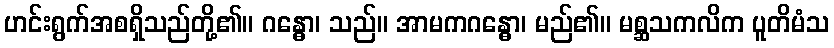
ဟင်းရွက်အစရှိသည်တို့၏။ ဂန္ဓော၊ သည်။ အာမကဂန္ဓော၊ မည်၏။ မစ္ဆသကလိက ပူတိမံသ